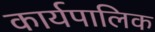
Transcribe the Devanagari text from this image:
कार्यपालिक